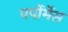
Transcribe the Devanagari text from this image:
पर्पोर्मेंस